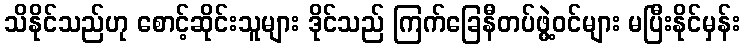
သိနိုင်သည်ဟု စောင့်ဆိုင်းသူများ ဒိုင်သည် ကြက်ခြေနီတပ်ဖွဲ့ဝင်များ မပြီးနိုင်မှန်း